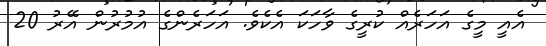
އެއީ މީގެ އަހަރެއް ކުރީގެ ވާހަކަ އެކެވެ. އަހަރެންގެ އުމުރުން އޭރު 20